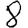
Digit: 8